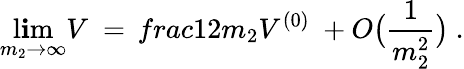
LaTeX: \operatorname*{l\mathbf{i}m}_{m_{2}\rightarrow\infty}V\ =\, frac{1}{2m_{2}}V^{(0)}\ +O\bigl(\frac{{1}}{{m_{2}^{2}}}\bigr)\ .